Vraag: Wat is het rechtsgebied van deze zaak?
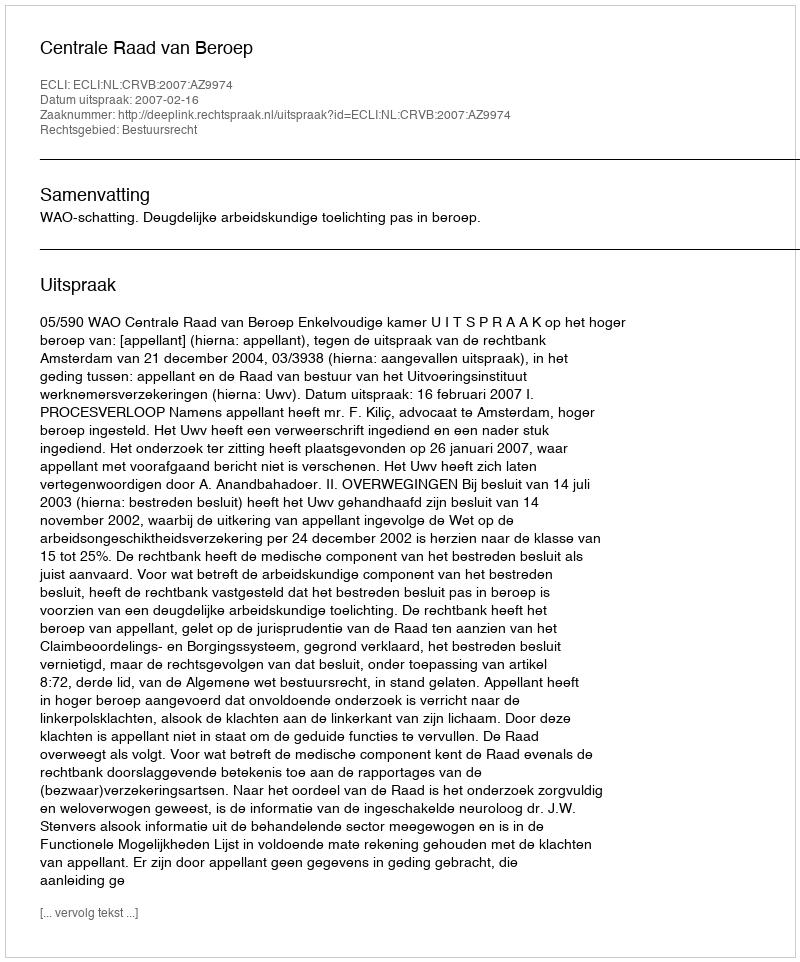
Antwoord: Bestuursrecht